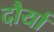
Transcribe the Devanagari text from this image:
दौर्या